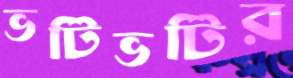
ভটিভটির